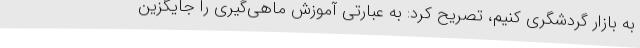
به بازار گردشگری کنیم، تصریح کرد: به عبارتی آموزش ماهی‌گیری را جایگزین